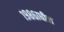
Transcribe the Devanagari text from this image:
१९८६ाधील